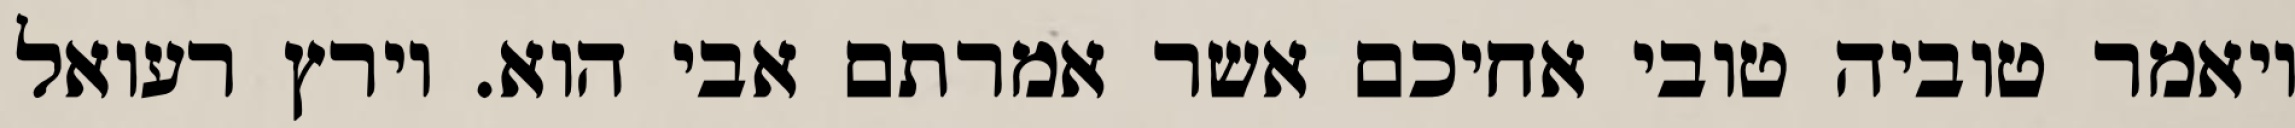
ויאמר טוביה טובי אחיכם אשר אמרתם אבי הוא. וירץ רעואל